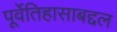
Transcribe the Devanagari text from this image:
पूर्वेतिहासाबद्दल